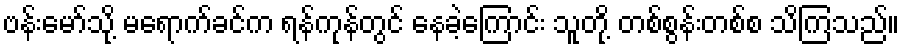
ဗန်းမော်သို့ မရောက်ခင်က ရန်ကုန်တွင် နေခဲ့ကြောင်း သူတို့ တစ်စွန်းတစ်စ သိကြသည်။